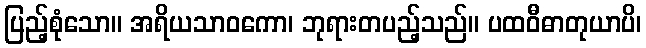
ပြည့်စုံသော။ အရိယသာဝကော၊ ဘုရားတပည့်သည်။ ပထဝီဓာတုယာပိ၊